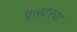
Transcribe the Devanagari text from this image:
प्लास्टरचा